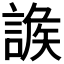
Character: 𧩩